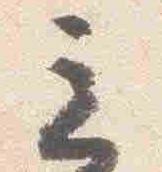
立